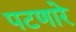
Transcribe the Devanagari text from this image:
पटणारे